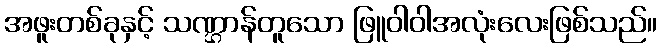
အဖူးတစ်ခုနှင့် သဏ္ဌာန်တူသော ဖြူဝါဝါအလုံးလေးဖြစ်သည်။